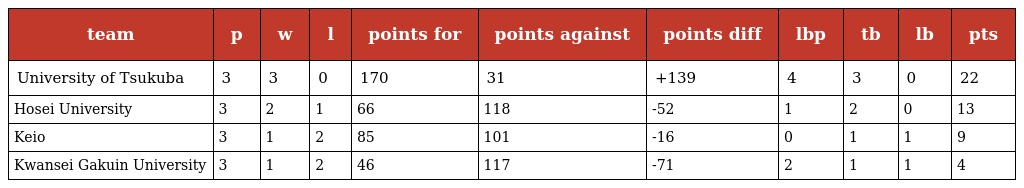
| team | p | w | l | points for | points against | points diff | lbp | tb | lb | pts |
 | --- | --- | --- | --- | --- | --- | --- | --- | --- | --- | --- |
 | University of Tsukuba | 3 | 3 | 0 | 170 | 31 | +139 | 4 | 3 | 0 | 22 |
 | Hosei University | 3 | 2 | 1 | 66 | 118 | -52 | 1 | 2 | 0 | 13 |
 | Keio | 3 | 1 | 2 | 85 | 101 | -16 | 0 | 1 | 1 | 9 |
 | Kwansei Gakuin University | 3 | 1 | 2 | 46 | 117 | -71 | 2 | 1 | 1 | 4 |